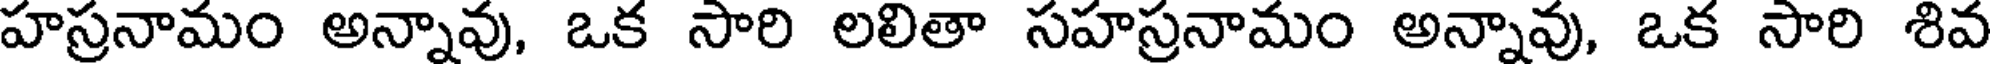
హస్రనామం అన్నావు, ఒక సారి లలితా సహస్రనామం అన్నావు, ఒక సారి శివ